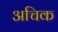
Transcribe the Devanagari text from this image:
अचिक